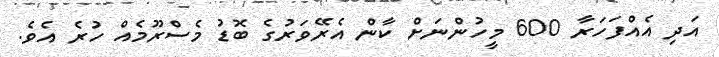
އަދި އެއްފަހަރާ 600 މީހުންނަށް ކާން އެރޭވަރުގެ ބޮޑު މެސްރޫމެއް ހުރެ އެވެ.